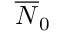
\overline { { N } } _ { 0 }